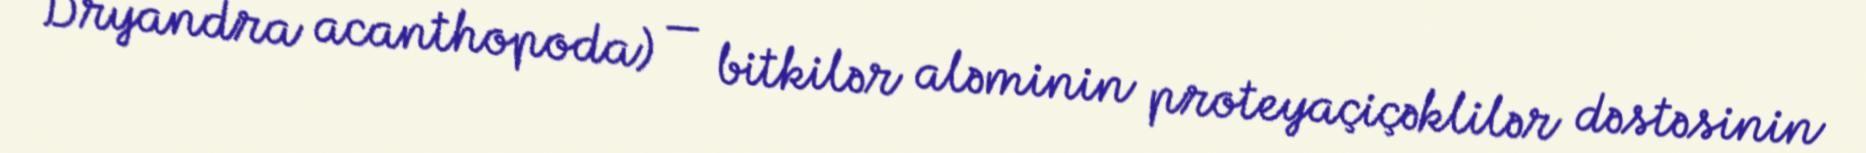
Dryandra acanthopoda) — bitkilər aləminin proteyaçiçəklilər dəstəsinin